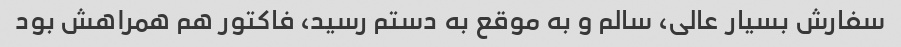
سفارش بسیار عالی، سالم و به موقع به دستم رسید، فاکتور هم همراهش بود